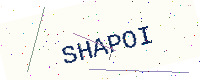
Text: SHAPOI